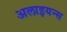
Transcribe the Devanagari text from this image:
अलाइयन्स